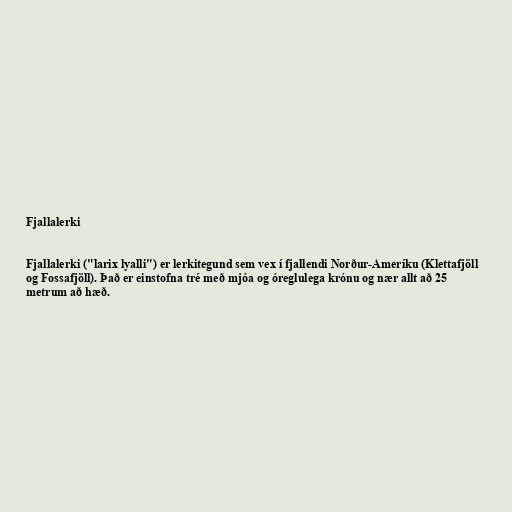
Fjallalerki

Fjallalerki ("larix lyalli") er lerkitegund sem vex í fjallendi Norður-Ameríku (Klettafjöll
og Fossafjöll). Það er einstofna tré með mjóa og óreglulega krónu og nær allt að 25
metrum að hæð.